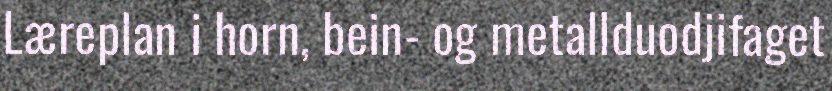
Læreplan i horn, bein- og metallduodjifaget